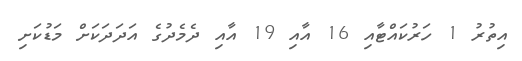
އިތުރު 1 ހަރުކައްޓާއި 16 އާއި 19 އާއި ދެމެދުގެ އަދަދަަކަށް މަޑުކަށި